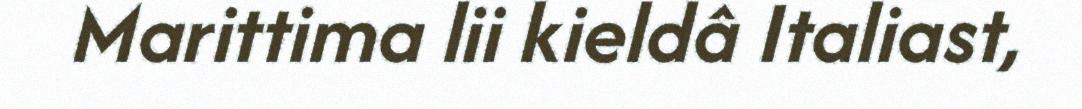
Marittima lii kieldâ Italiast,